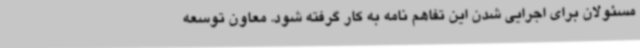
مسئولان برای اجرایی شدن این تفاهم نامه به کار گرفته شود. معاون توسعه